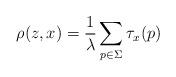
LaTeX: \begin{align*}\rho (z,x)=\frac{1}{\lambda }\sum _{p\in \Sigma }\tau _{x}(p)\end{align*}